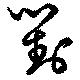
対